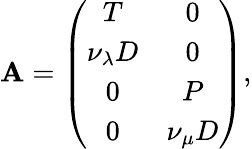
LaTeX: \mathbf{A}=\left(\begin{array}{cc}{T}&{0}\\ {\nu_{\lambda}D}&{0}\\ {0}&{P}\\ {0}&{\nu_{\mu}D}\end{array}\right),